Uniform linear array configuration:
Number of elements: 24
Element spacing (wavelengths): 0.25
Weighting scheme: binomial
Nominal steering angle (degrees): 30
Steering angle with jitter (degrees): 28.499
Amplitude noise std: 0.05
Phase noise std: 0.05

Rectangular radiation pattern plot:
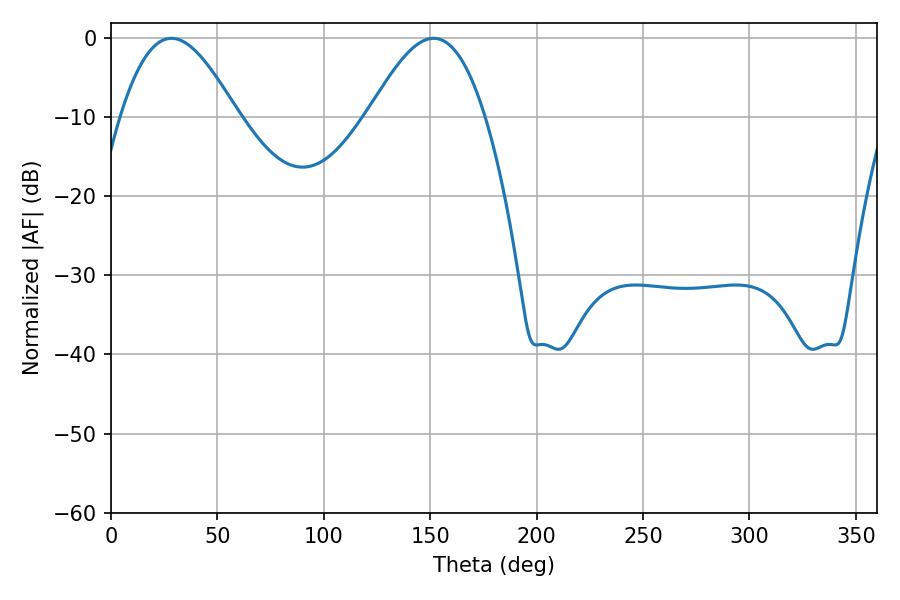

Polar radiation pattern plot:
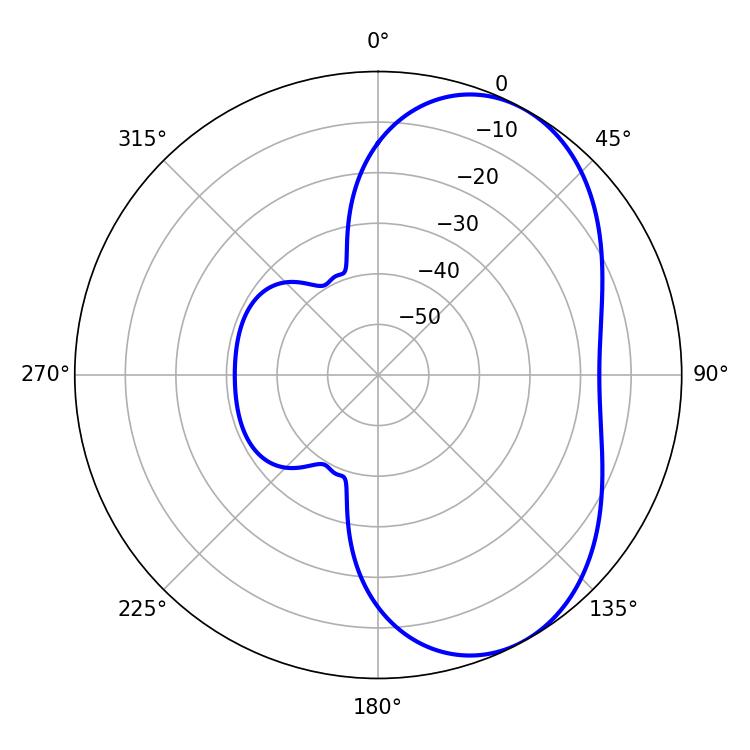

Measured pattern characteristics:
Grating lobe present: FALSE
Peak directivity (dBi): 5.339
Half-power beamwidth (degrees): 29.52
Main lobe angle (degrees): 28.44